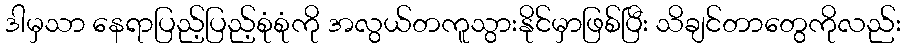
ဒါမှသာ နေရာပြည့်ပြည့်စုံစုံကို အလွယ်တကူသွားနိုင်မှာဖြစ်ပြီး သိချင်တာတွေကိုလည်း